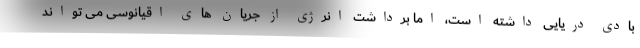
بادی دریایی داشته است، اما برداشت انرژی از جریان های اقیانوسی می تواند